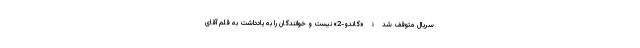
سریال متوقف شدۀ «گاندو-2» نیست و خوانندگان را به یادداشت به قلم آقای